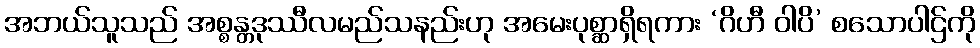
အဘယ်သူသည် အစ္စန္တဒုဿီလမည်သနည်းဟု အမေးပုစ္ဆာရှိရကား ‘ဂိဟီ ဝါပိ’ စသောပါဌ်ကို